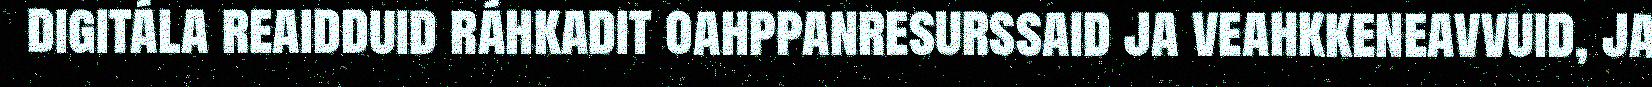
digitála reaidduid ráhkadit oahppanresurssaid ja veahkkeneavvuid, ja